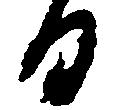
る